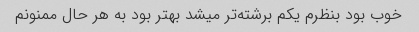
خوب بود بنظرم یکم برشته‌تر میشد بهتر بود به هر حال ممنونم